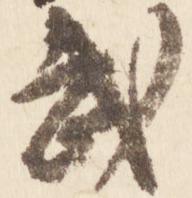
武